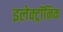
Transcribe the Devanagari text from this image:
इलेक्‍ट्रॉनिक